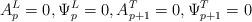
LaTeX: \begin{align*}A^{L}_{p} = 0, \Psi_{p}^{L} =0, A^{T}_{p+1}=0, \Psi^{T}_{p+1}=0\end{align*}